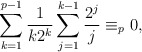
\begin{align*}\sum_{k=1}^{p-1}\frac{1}{k2^k}\sum_{j=1}^{k-1} \frac{2^j}{j}\equiv_{p} 0,\end{align*}